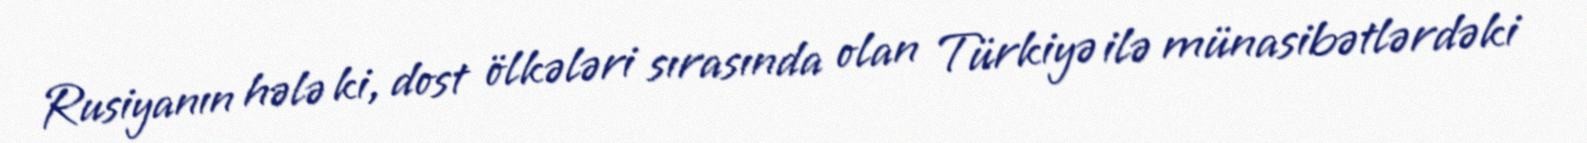
Rusiyanın hələ ki, dost ölkələri sırasında olan Türkiyə ilə münasibətlərdəki